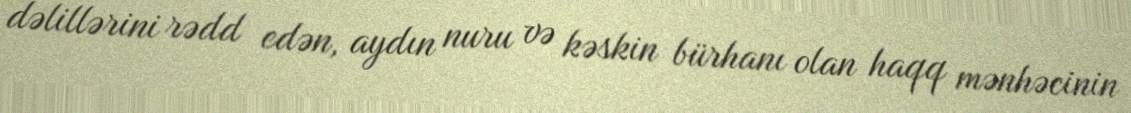
dəlillərini rədd edən, aydın nuru və kəskin bürhanı olan haqq mənhəcinin